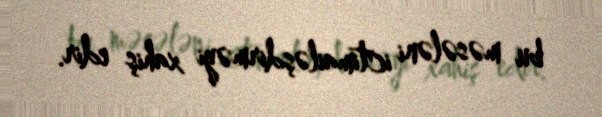
bu məsələni ictimailəşdirməyi xahiş edir.